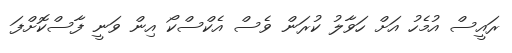
ރައީސް އުމެހު އަށް ހަވާލު ކުރަން ވެސް އެކްސްކޯ އިން ވަނީ ފާސްކޮށްފަ